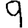
Digit: 9